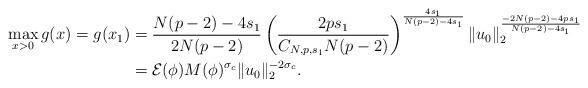
LaTeX: \begin{align*}\max_{x>0} g(x)=g(x_1)&=\frac{N(p-2)-4s_1}{2N(p-2)}\left(\frac{2ps_1}{C_{N,p,s_1}N(p-2)}\right)^{\frac{4s_1}{N(p-2)-4s_1}} \|u_0\|_2^{\frac{-2N(p-2)-4ps_1}{N(p-2)-4s_1}}\\&=\mathcal{E}(\phi)M(\phi)^{\sigma_c}\|u_0\|_2^{-2\sigma_c}.\end{align*}